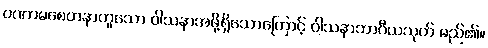
ပဏာမစေတနာဟူသော ဝါသနာအဖို့ရှိသောကြောင့် ဝါသနာဘာဂီယသုတ် မည်၏။